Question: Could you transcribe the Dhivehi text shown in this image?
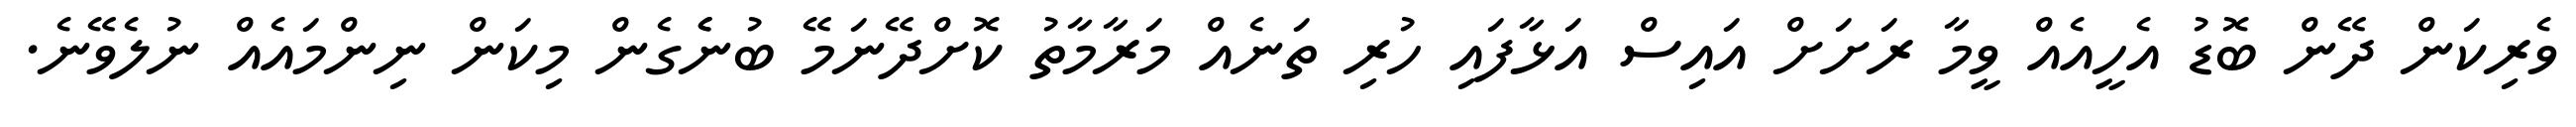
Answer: ވެރިކަން ދޭން ބޮޑު އެހީއެއް ވީމާ ރަށަށް އައިސް އަޅާފައި ހުރި ތަނެއް މަރާމާތު ކޮށްދޭނަމޭ ބުނެެގެން މިކަން ނިންމައެއް ނުލެވޭނެ.